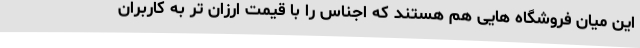
این میان فروشگاه هایی هم هستند که اجناس را با قیمت ارزان تر به کاربران